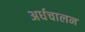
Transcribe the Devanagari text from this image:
अर्धचालन